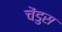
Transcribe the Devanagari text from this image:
चेंडुस